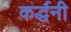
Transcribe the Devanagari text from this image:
कर्द्धनी